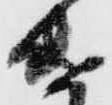
遣